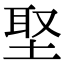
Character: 埾